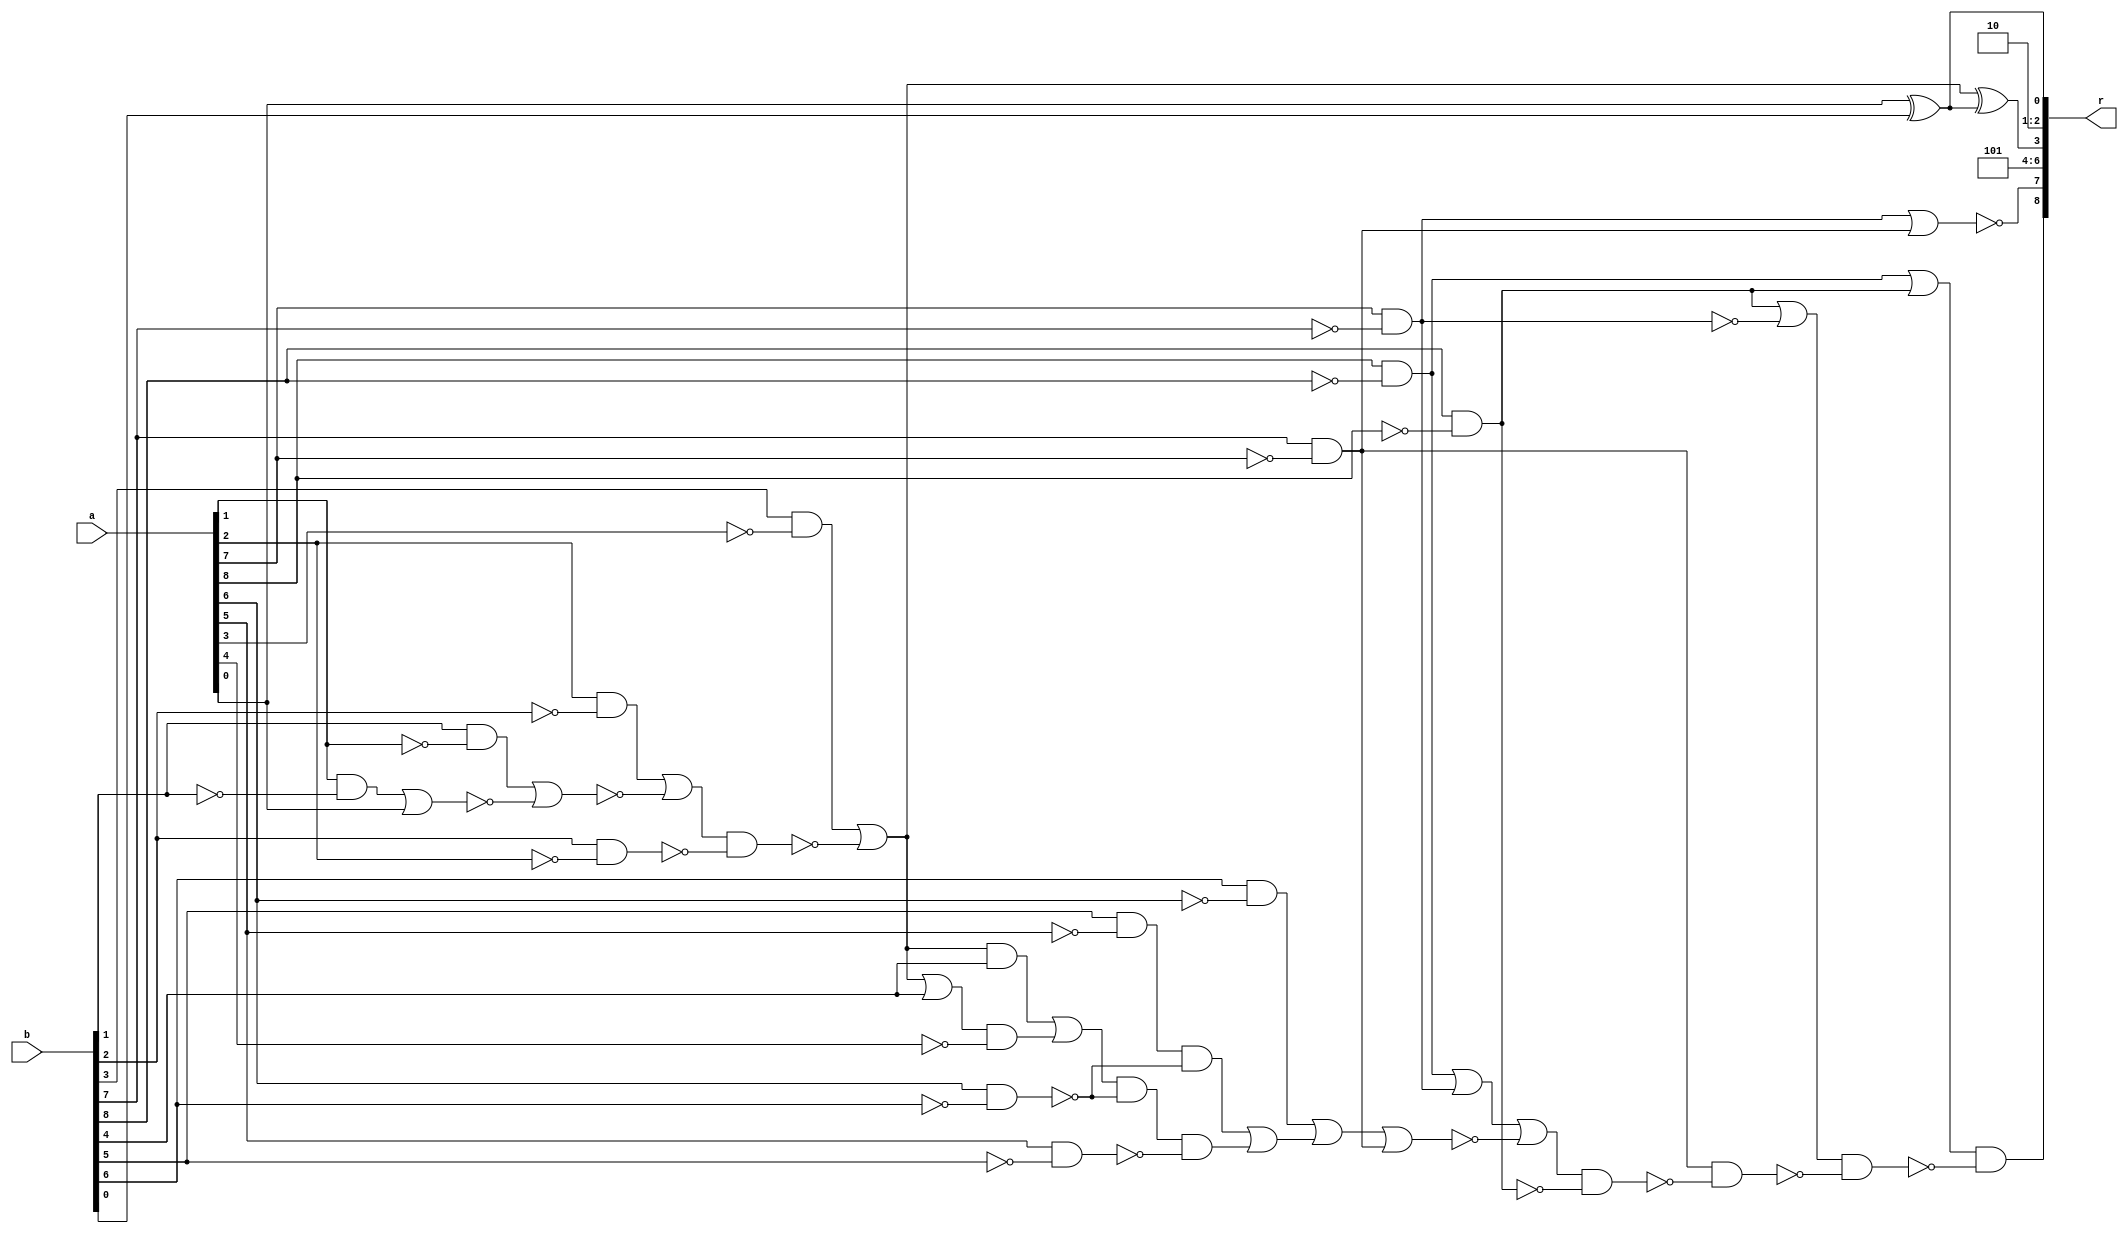
/* Generated by Yosys 0.9+4052 (git sha1 a5adb007, gcc 9.3.0-17ubuntu1~20.04 -fPIC -Os) */

module circ(a, b, r);
  wire _00_;
  wire _01_;
  wire _02_;
  wire _03_;
  wire _04_;
  wire _05_;
  wire _06_;
  wire _07_;
  wire _08_;
  wire _09_;
  wire _10_;
  wire _11_;
  wire _12_;
  wire _13_;
  wire _14_;
  wire _15_;
  wire _16_;
  wire _17_;
  wire _18_;
  wire _19_;
  wire _20_;
  wire _21_;
  wire _22_;
  wire _23_;
  wire _24_;
  wire _25_;
  wire _26_;
  wire _27_;
  wire _28_;
  wire _29_;
  wire _30_;
  wire _31_;
  wire _32_;
  wire _33_;
  wire _34_;
  wire \U0.U0.new_n15 ;
  wire \U0.U0.new_n24 ;
  wire \U0.U1.DUT2.out1 ;
  wire \U0.po0 ;
  input [8:0] a;
  input [8:0] b;
  output [8:0] r;
  assign \U0.po0  = a[0] ^ b[0];
  assign _00_ = a[1] & ~(b[1]);
  assign _01_ = _00_ | a[0];
  assign _02_ = b[1] & ~(a[1]);
  assign _03_ = _02_ | ~(_01_);
  assign _04_ = a[2] & ~(b[2]);
  assign _05_ = _04_ | ~(_03_);
  assign _06_ = b[2] & ~(a[2]);
  assign _07_ = _05_ & ~(_06_);
  assign _08_ = b[3] & ~(a[3]);
  assign _09_ = _08_ | ~(_07_);
  assign \U0.U1.DUT2.out1  = _09_ ^ \U0.po0 ;
  assign _10_ = b[7] & ~(a[7]);
  assign _11_ = a[7] & ~(b[7]);
  assign \U0.U0.new_n15  = ~(_11_ | _10_);
  assign _12_ = b[8] & ~(a[8]);
  assign _13_ = a[8] & ~(b[8]);
  assign _14_ = _13_ | _12_;
  assign _15_ = _12_ | ~(_11_);
  assign _16_ = _09_ | b[4];
  assign _17_ = _16_ & ~(a[4]);
  assign _18_ = _09_ & b[4];
  assign _19_ = _18_ | _17_;
  assign _20_ = a[6] & ~(b[6]);
  assign _21_ = _19_ & ~(_20_);
  assign _22_ = a[5] & ~(b[5]);
  assign _23_ = _21_ & ~(_22_);
  assign _24_ = b[5] & ~(a[5]);
  assign _25_ = _24_ & ~(_20_);
  assign _26_ = _25_ | _23_;
  assign _27_ = b[6] & ~(a[6]);
  assign _28_ = _27_ | _26_;
  assign _29_ = _28_ | _10_;
  assign _30_ = _13_ | _11_;
  assign _31_ = _30_ | ~(_29_);
  assign _32_ = _31_ & ~(_12_);
  assign _33_ = _10_ & ~(_32_);
  assign _34_ = _15_ & ~(_33_);
  assign \U0.U0.new_n24  = _14_ & ~(_34_);
  assign r = { \U0.U0.new_n24 , \U0.U0.new_n15 , 3'h5, \U0.U1.DUT2.out1 , 2'h2, \U0.po0  };
endmodule